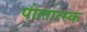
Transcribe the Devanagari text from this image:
पोलात्स्क